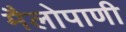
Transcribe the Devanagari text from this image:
मैलोपाणी